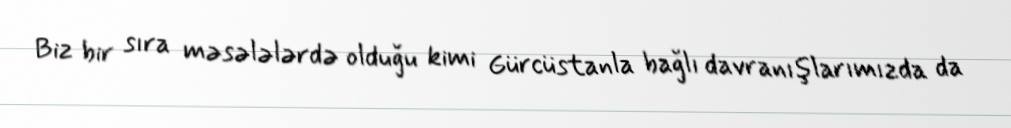
Biz bir sıra məsələlərdə olduğu kimi Gürcüstanla bağlı davranışlarımızda da